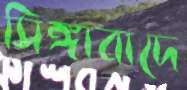
সিঙ্গাবাদে